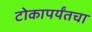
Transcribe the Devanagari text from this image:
टोकापर्यंतचा